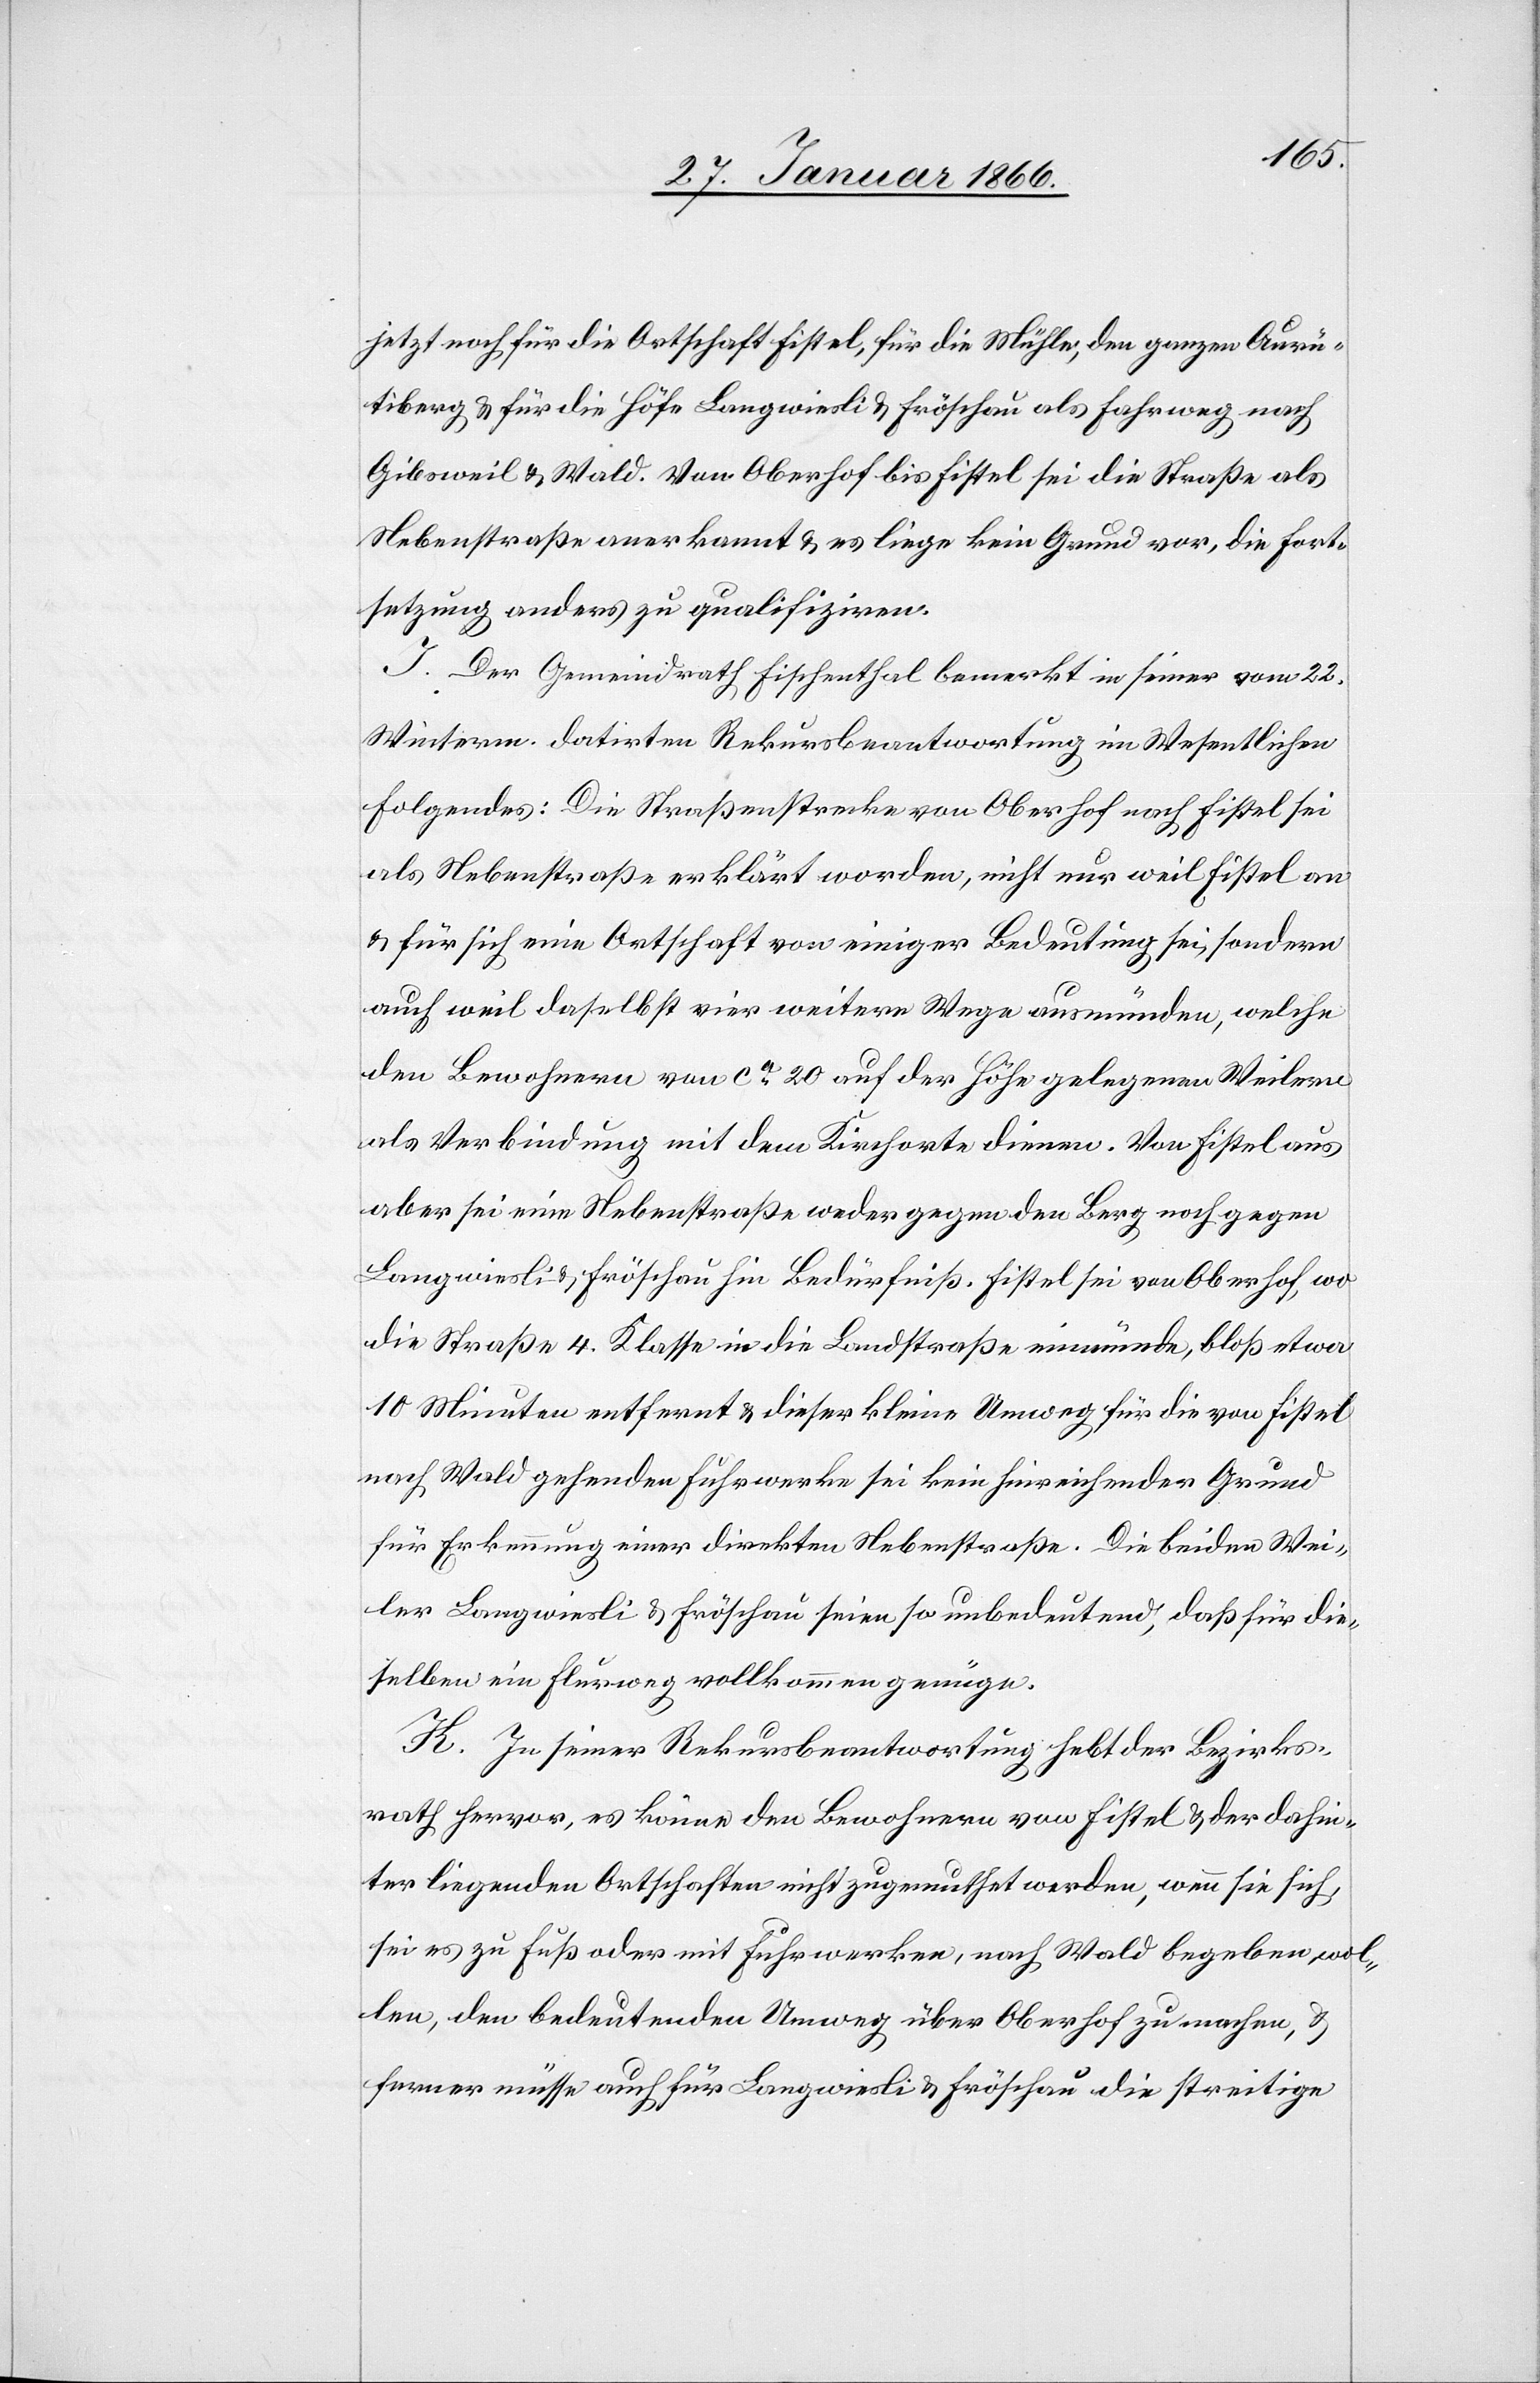
jetzt noch für die Ortschaft Fistel, für die Mühle, den ganzen Aurü¬
tiberg u. für die Höfe Langwiesli u. Fröschau als Fahrweg nach
Gibsweil u. Wald. Von Oberhof bis Fistel sei die Straße als
Nebenstraße anerkannt u. es liege kein Grund vor, die Fort¬
setzung anders zu qualifiziren.
J. Der Gemeindrath Fischenthal bemerkt in seiner vom 22.
Winterm. datirten Rekursbeantwortung im Wesentlichen
folgendes: Die Straßenstrecke von Oberhof nach Fistel sei
als Nebenstraße erklärt worden, nicht nur weil Fistel an
u. für sich eine Ortschaft von einiger Bedeutung sei, sondern
auch weil daselbst vier weitere Wege ausmünden, welche
den Bewohnern von ca. 20 auf der Höhe gelegenen Weilern
als Verbindung mit dem Kirchorte diene. Von Fistel aus
aber sei eine Nebenstraße weder gegen den Berg noch gegen
Langwiesli u. Fröschau hin Bedürfniß. Fistel sei von Oberhof, wo
die Straße 4 Klasse in die Landstraße einmünde, bloß etwa
10 Minuten entfernt u. dieser kleine Umweg für die von Fistel
nach Wald gehenden Fuhrwerke sei kein hinreichender Grund
für Erkennung einer direkten Nebenstraße. Die beiden Wei¬
ler Langwiesli u. Fröschau seien so unbedeutend, daß für die¬
selben ein Flurweg vollkommen genüge.
K. In seiner Rekursbeantwortung hebt der Bezirks¬
rath hervor, es könne den Bewohnern von Fistel u. der dahin¬
ter liegenden Ortschaften nicht zugemuthet werden, wenn sie sich,
sei es zu Fuß oder mit Fuhrwerken, nach Wald begeben wol¬
len, den bedeutenden Umweg über Oberhof zu machen, u.
ferner müsse auch für Langwiesli u. Fröschau die streitige